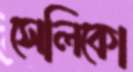
সেলিকো